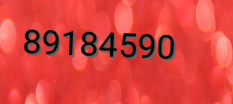
89184590